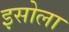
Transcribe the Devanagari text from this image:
इसोला